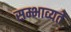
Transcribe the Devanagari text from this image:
सम्भाव्यते